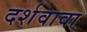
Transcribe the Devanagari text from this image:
दर्शवावा